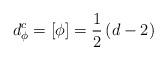
LaTeX: \begin{align*}d_{\phi }^{c}=\left[ \phi \right] =\frac{1}{2}\left( d-2\right)\end{align*}